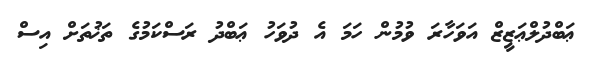
ޢަބްދުލްޢަޒީޒް އަވަހާރަ ވުމުން ހަމަ އެ ދުވަހު ޢަބްދު ރަސްކަމުގެ ތަޚުތަށް އިސް